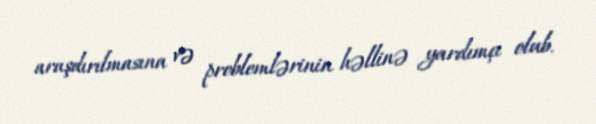
araşdırılmasına və problemlərinin həllinə yardımçı olub.